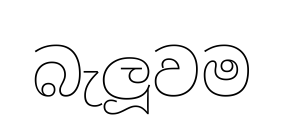
බැලූවම